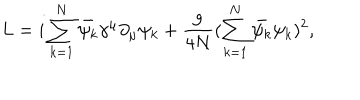
LaTeX: L = i \sum _ { k = 1 } ^ { N } \bar { \psi _ { k } } \gamma ^ { \mu } \partial _ { \mu } \psi _ { k } + \frac { g } { 4 N } ( \sum _ { k = 1 } ^ { N } \bar { \psi _ { k } } \psi _ { k } ) ^ { 2 } ,